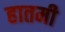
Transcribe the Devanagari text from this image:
हातमी